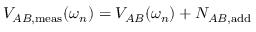
V _ { A B , \mathrm { m e a s } } ( \omega _ { n } ) = V _ { A B } ( \omega _ { n } ) + N _ { A B , \mathrm { a d d } }